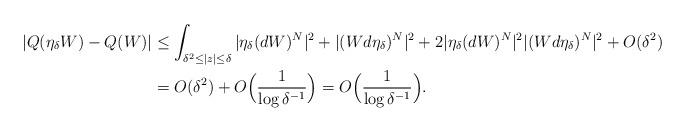
LaTeX: \begin{align*} |Q(\eta_\delta W) - Q(W)| &\leq \int_{\delta^2\leq |z|\leq \delta} |\eta_\delta(d W)^N|^2 + |(Wd\eta_\delta)^N|^2 + 2|\eta_\delta(d W)^N|^2|(W d\eta_\delta)^N|^2 +O(\delta^2)\\ &= O(\delta^2)+ O\Big (\frac{1}{\log \delta^{-1}}\Big )=O\Big (\frac{1}{\log \delta^{-1}}\Big ).\end{align*}